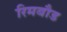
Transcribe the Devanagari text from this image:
रिमबौड